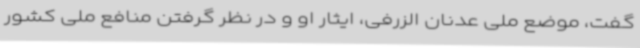
گفت، موضع ملی عدنان الزرفی، ایثار او و در نظر گرفتن منافع ملی کشور